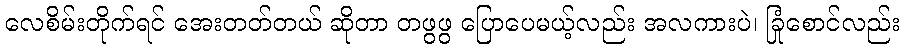
လေစိမ်းတိုက်ရင် အေးတတ်တယ် ဆိုတာ တဖွဖွ ပြောပေမယ့်လည်း အလကားပဲ၊ ခြုံစောင်လည်း